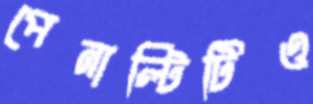
পেনাল্টিটিও